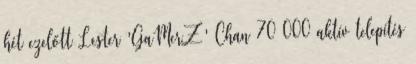
hét ezelőtt Lester 'GaMerZ' Chan 70 000 aktív telepítés